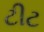
ટીટ